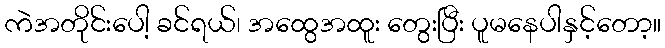
ကဲအတိုင်းပေါ့ ခင်ရယ်၊ အထွေအထူး တွေးပြီး ပူမနေပါနှင့်တော့။